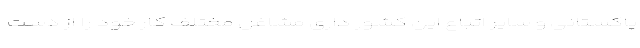
پاکستانی و سایر اتباع این کشور داری مشاغل مختلف کار خود را از دست